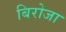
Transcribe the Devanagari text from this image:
बिरोजा